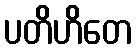
ပတိဟိတေ